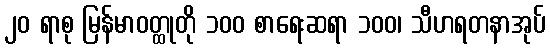
၂၀ ရာစု မြန်မာဝတ္ထုတို ၁၀၀ စာရေးဆရာ ၁၀၀၊ သီဟရတနာအုပ်